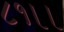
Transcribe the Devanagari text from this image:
८१।।